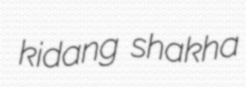
kidang shakha